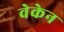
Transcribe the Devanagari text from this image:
वेकेन